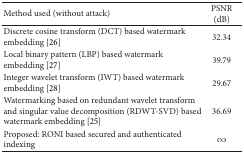
<table><thead><tr><td><b>Method used (without attack)</b></td><td><b>PSNR (dB)</b></td></tr></thead><tbody><tr><td>Discrete cosine transform (DCT) based watermark embedding [26]</td><td>32.34</td></tr><tr><td>Local binary pattern (LBP) based watermark embedding [27]</td><td>39.79</td></tr><tr><td>Integer wavelet transform (IWT) based watermark embedding [28]</td><td>29.67</td></tr><tr><td>Watermarking based on redundant wavelet transform and singular value decomposition (RDWT-SVD) based watermark embedding [25]</td><td>36.69</td></tr><tr><td>Proposed: RONI based secured and authenticated indexing</td><td><i>∞</i></td></tr></tbody></table>